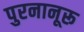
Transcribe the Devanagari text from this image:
पुरनानूरू